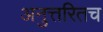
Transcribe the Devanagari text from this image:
अनुत्तरितच